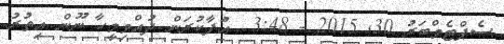
ސެޕްޓެމްބަރު 30